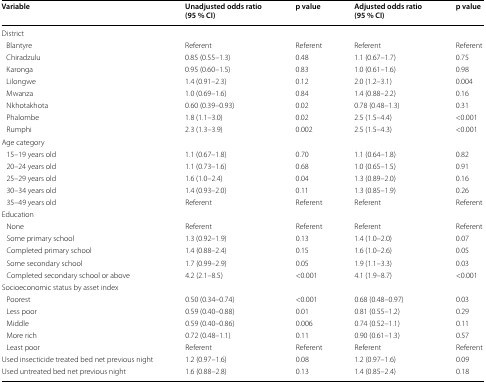
<table><thead><tr><td><b>Variable</b></td><td><b>Unadjusted odds ratio (95 % CI)</b></td><td><b>p value</b></td><td><b>Adjusted odds ratio (95 % CI)</b></td><td><b>p value</b></td></tr></thead><tbody><tr><td colspan="5">District</td></tr><tr><td> Blantyre</td><td>Referent</td><td>Referent</td><td>Referent</td><td>Referent</td></tr><tr><td> Chiradzulu</td><td>0.85 (0.55–1.3)</td><td>0.48</td><td>1.1 (0.67–1.7)</td><td>0.75</td></tr><tr><td> Karonga</td><td>0.95 (0.60–1.5)</td><td>0.83</td><td>1.0 (0.61–1.6)</td><td>0.98</td></tr><tr><td> Lilongwe</td><td>1.4 (0.91–2.3)</td><td>0.12</td><td>2.0 (1.2–3.1)</td><td>0.004</td></tr><tr><td> Mwanza</td><td>1.0 (0.69–1.6)</td><td>0.84</td><td>1.4 (0.88–2.2)</td><td>0.16</td></tr><tr><td> Nkhotakhota</td><td>0.60 (0.39–0.93)</td><td>0.02</td><td>0.78 (0.48–1.3)</td><td>0.31</td></tr><tr><td> Phalombe</td><td>1.8 (1.1–3.0)</td><td>0.02</td><td>2.5 (1.5–4.4)</td><td>&lt;0.001</td></tr><tr><td> Rumphi</td><td>2.3 (1.3–3.9)</td><td>0.002</td><td>2.5 (1.5–4.3)</td><td>&lt;0.001</td></tr><tr><td colspan="5">Age category</td></tr><tr><td> 15–19 years old</td><td>1.1 (0.67–1.8)</td><td>0.70</td><td>1.1 (0.64–1.8)</td><td>0.82</td></tr><tr><td> 20–24 years old</td><td>1.1 (0.73–1.6)</td><td>0.68</td><td>1.0 (0.65–1.5)</td><td>0.91</td></tr><tr><td> 25–29 years old</td><td>1.6 (1.0–2.4)</td><td>0.04</td><td>1.3 (0.89–2.0)</td><td>0.16</td></tr><tr><td> 30–34 years old</td><td>1.4 (0.93–2.0)</td><td>0.11</td><td>1.3 (0.85–1.9)</td><td>0.26</td></tr><tr><td> 35–49 years old</td><td>Referent</td><td>Referent</td><td>Referent</td><td>Referent</td></tr><tr><td colspan="5">Education</td></tr><tr><td> None</td><td>Referent</td><td>Referent</td><td>Referent</td><td>Referent</td></tr><tr><td> Some primary school</td><td>1.3 (0.92–1.9)</td><td>0.13</td><td>1.4 (1.0–2.0)</td><td>0.07</td></tr><tr><td> Completed primary school</td><td>1.4 (0.88–2.4)</td><td>0.15</td><td>1.6 (1.0–2.6)</td><td>0.05</td></tr><tr><td> Some secondary school</td><td>1.7 (0.99–2.9)</td><td>0.05</td><td>1.9 (1.1–3.3)</td><td>0.03</td></tr><tr><td> Completed secondary school or above</td><td>4.2 (2.1–8.5)</td><td>&lt;0.001</td><td>4.1 (1.9–8.7)</td><td>&lt;0.001</td></tr><tr><td colspan="5">Socioeconomic status by asset index</td></tr><tr><td> Poorest</td><td>0.50 (0.34–0.74)</td><td>&lt;0.001</td><td>0.68 (0.48–0.97)</td><td>0.03</td></tr><tr><td> Less poor</td><td>0.59 (0.40–0.88)</td><td>0.01</td><td>0.81 (0.55–1.2)</td><td>0.29</td></tr><tr><td> Middle</td><td>0.59 (0.40–0.86)</td><td>0.006</td><td>0.74 (0.52–1.1)</td><td>0.11</td></tr><tr><td> More rich</td><td>0.72 (0.48–1.1)</td><td>0.11</td><td>0.90 (0.61–1.3)</td><td>0.57</td></tr><tr><td> Least poor</td><td>Referent</td><td>Referent</td><td>Referent</td><td>Referent</td></tr><tr><td>Used insecticide treated bed net previous night</td><td>1.2 (0.97–1.6)</td><td>0.08</td><td>1.2 (0.97–1.6)</td><td>0.09</td></tr><tr><td>Used untreated bed net previous night</td><td>1.6 (0.88–2.8)</td><td>0.13</td><td>1.4 (0.85–2.4)</td><td>0.18</td></tr></tbody></table>